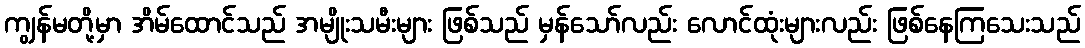
ကျွန်မတို့မှာ အိမ်ထောင်သည် အမျိုးသမီးများ ဖြစ်သည် မှန်သော်လည်း လောင်ထုံးများလည်း ဖြစ်နေကြသေးသည်